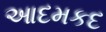
આદમકદ